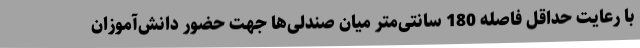
با رعایت حداقل فاصله 180 سانتی‌متر میان صندلی‌ها جهت حضور دانش‌آموزان